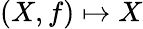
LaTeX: (X,f)\mapsto X